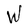
Character: W